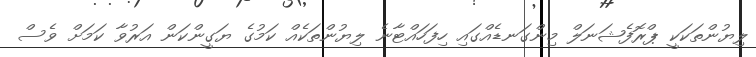
ލިޔުންތަކަކީ ޕްރޮފެޝަނަލް މިންގަނޑެއްގައި ހިފަހައްޓާނެ ލިޔުންތަކެއް ކަމުގެ ޔަގީންކަން އަރުވާ ކަމަށް ވެސް